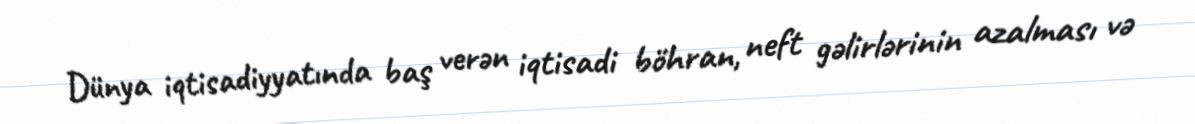
Dünya iqtisadiyyatında baş verən iqtisadi böhran, neft gəlirlərinin azalması və